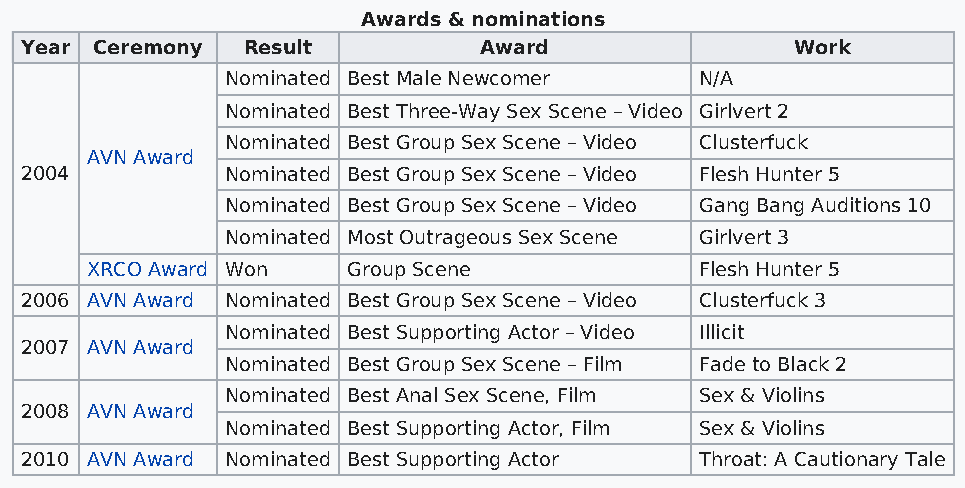
Awards & nominations
 Year Ceremony  Result          Award                Work
 Nominated Best Male Newcomer   N/A
 Nominated Best Three-Way Sex Scene – Video Girlvert 2
 Nominated Best Group Sex Scene – Video Clusterfuck
 AVN Award
 2004          Nominated Best Group Sex Scene – Video Flesh Hunter 5
 Nominated Best Group Sex Scene – Video Gang Bang Auditions 10
 Nominated Most Outrageous Sex Scene Girlvert 3
 XRCO Award Won   Group Scene            Flesh Hunter 5
 2006 AVN Award Nominated Best Group Sex Scene – Video Clusterfuck 3
 Nominated Best Supporting Actor – Video Illicit
 2007 AVN Award
 Nominated Best Group Sex Scene – Film Fade to Black 2
 Nominated Best Anal Sex Scene, Film Sex & Violins
 2008 AVN Award
 Nominated Best Supporting Actor, Film Sex & Violins
 2010 AVN Award Nominated Best Supporting Actor Throat: A Cautionary Tale